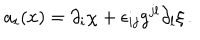
a _ { i } ( x ) = \partial _ { i } \chi + \epsilon _ { i j } g ^ { j l } \partial _ { l } \xi \, .